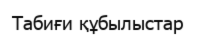
Табиғи құбылыстар